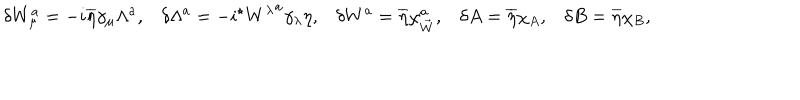
LaTeX: \delta W _ { \mu } ^ { a } = - i \overline { { { \eta } } } \gamma _ { \mu } \Lambda ^ { a } , \delta \Lambda ^ { a } = - i { } ^ { \star } { W ^ { \lambda } } ^ { a } \gamma _ { \lambda } \eta , \delta W ^ { a } = \overline { { { \eta } } } \chi _ { \vec { W } } ^ { a } , \delta A = \overline { { { \eta } } } \chi _ { A } , \delta B = \overline { { { \eta } } } \chi _ { B } ,